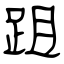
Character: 跙